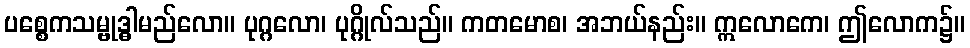
ပစ္စေကသမ္ဗုဒ္ဓါမည်လော။ ပုဂ္ဂလော၊ ပုဂ္ဂိုလ်သည်။ ကတမောစ၊ အဘယ်နည်း။ ဣလောကေ၊ ဤလောက၌။